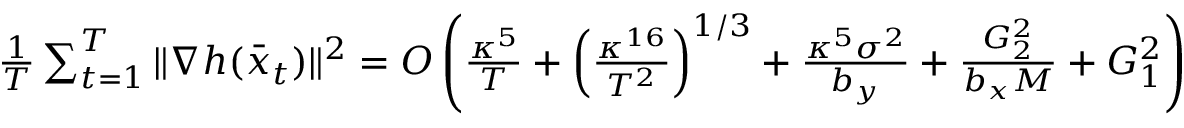
\begin{array} { r l } & { \frac { 1 } { T } \sum _ { t = 1 } ^ { T } \| \nabla h ( \bar { x } _ { t } ) \| ^ { 2 } = O \left( \frac { \kappa ^ { 5 } } { T } + \left( \frac { \kappa ^ { 1 6 } } { T ^ { 2 } } \right) ^ { 1 / 3 } + \frac { \kappa ^ { 5 } \sigma ^ { 2 } } { b _ { y } } + \frac { G _ { 2 } ^ { 2 } } { b _ { x } M } + G _ { 1 } ^ { 2 } \right) } \end{array}